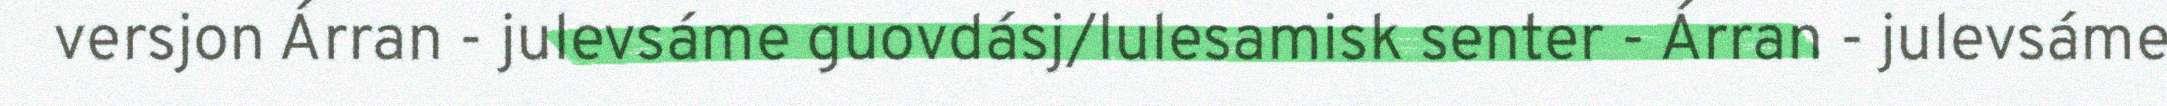
versjon Árran - julevsáme guovdásj/lulesamisk senter - Árran - julevsáme